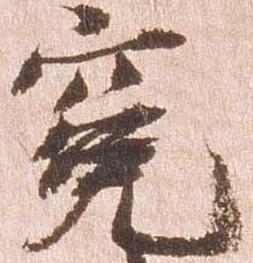
冤